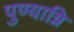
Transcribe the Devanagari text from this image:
पुण्याग्नि